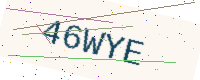
Text: 46WYE